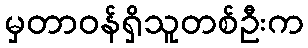
မှတာဝန်ရှိသူတစ်ဦးက